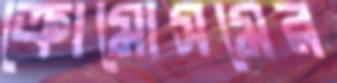
ক্রোমোসমের